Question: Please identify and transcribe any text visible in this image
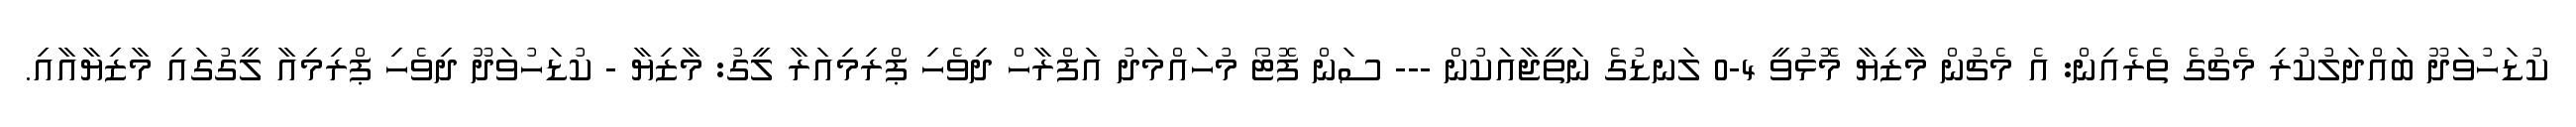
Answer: ކުޑަހުވަދޫ ބައްދަލުކުރި މެޗުގެ ތެރެއިން: އެ މެޗުން މާޒިޔާ މޮޅުވީ 4-0 ލަނޑުގެ ނަތީޖާއަކުން --- ސަން ފޮޓޯ މުހައްމަދު އަފްރާހް ދިވެހި ޕްރިމިއަރާ ލީގު: މާޒިޔާ - ކުޑަހުވަދޫ ދިވެހި ޕްރިމިއާ ލީގުގައި މާޒިޔާއާއި.